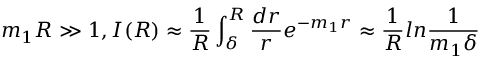
m _ { 1 } R \gg 1 , I ( R ) \approx \frac { 1 } { R } \int _ { \delta } ^ { R } \frac { d r } { r } e ^ { - m _ { 1 } r } \approx \frac { 1 } { R } l n \frac { 1 } { m _ { 1 } \delta }